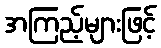
အကြည့်များဖြင့်